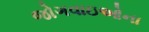
જોગવાઇઓના